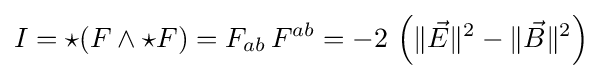
I=\star (F\wedge \star F)=F_{ab}\,F^{ab}=-2\,\left(\|{\vec {E}}\|^{2}-\|{\vec {B}}\|^{2}\right)